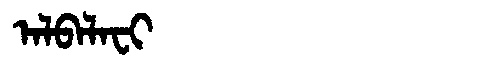
Manchu: ᠠᠯᠪᠠᠯᠠᠸᡳ
Romanization: ALBALAFI